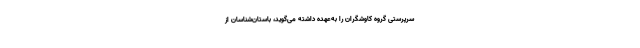
سرپرستی گروه کاوشگران را به‌عهده داشته می‌گوید، باستان‌شناسان از